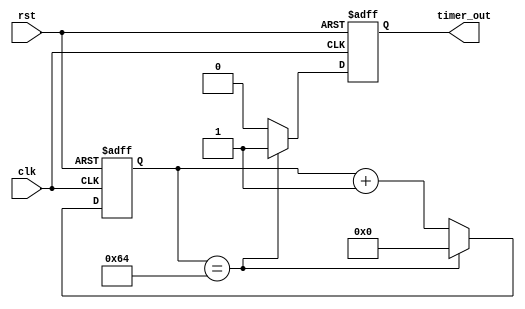
module interval_timer (
    input wire clk,
    input wire rst,
    output reg timer_out
);

parameter COUNTER_SIZE = 16; // Define counter size
parameter CLOCK_FREQ = 50_000_000; // Define clock frequency in Hz
parameter INTERVAL_VALUE = 100; // Define interval value

reg [COUNTER_SIZE-1:0] counter; // Counter register
reg [COUNTER_SIZE-1:0] interval = INTERVAL_VALUE; // Interval value register

always @(posedge clk or posedge rst) begin
    if (rst) begin
        counter <= 0;
        timer_out <= 0;
    end else begin
        if (counter == interval) begin
            timer_out <= 1; // Output signal high when counter reaches interval value
            counter <= 0; // Reset counter
        end else begin
            timer_out <= 0;
            counter <= counter + 1; // Increment counter
        end
    end
end

endmodule